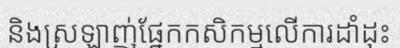
និងស្រឡាញ់ផ្នែកកសិកម្មលើការដាំដុះ